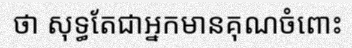
ថា សុទ្ធតែជាអ្នកមានគុណចំពោះ